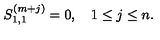
S _ { 1 , 1 } ^ { ( m + j ) } = 0 , \quad 1 \le j \le n .